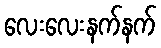
လေးလေးနက်နက်